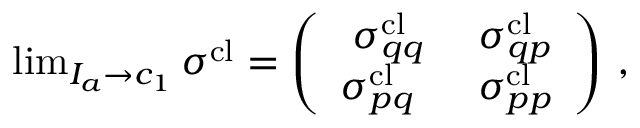
\begin{array} { r } { \operatorname* { l i m } _ { I _ { a } \to c _ { 1 } } \boldsymbol { \sigma } ^ { \mathrm { c l } } = \left( \begin{array} { c c } { \boldsymbol { \sigma } _ { q q } ^ { \mathrm { c l } } } & { \boldsymbol { \sigma } _ { q p } ^ { \mathrm { c l } } } \\ { \boldsymbol { \sigma } _ { p q } ^ { \mathrm { c l } } \; \; } & { \boldsymbol { \sigma } _ { p p } ^ { \mathrm { c l } } } \end{array} \right) \, , } \end{array}